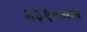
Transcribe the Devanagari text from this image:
६३१०आय